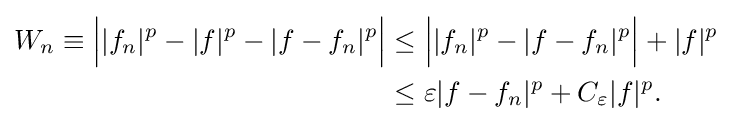
{\begin{aligned}W_{n}\equiv {\Big |}|f_{n}|^{p}-|f|^{p}-|f-f_{n}|^{p}{\Big |}&\leq {\Big |}|f_{n}|^{p}-|f-f_{n}|^{p}{\Big |}+|f|^{p}\\&\leq \varepsilon |f-f_{n}|^{p}+C_{\varepsilon }|f|^{p}.\end{aligned}}